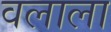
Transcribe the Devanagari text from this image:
वलाला